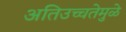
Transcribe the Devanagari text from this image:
अतिउच्चतेमुळे